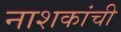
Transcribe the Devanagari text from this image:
नाशकांची